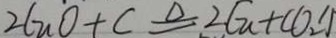
2 C u O + C \xlongequal { \Delta } 2 C u + C O _ { 2 } \uparrow